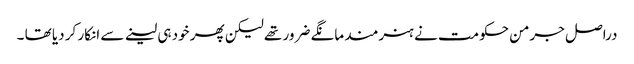
دراصل جرمن حکومت نے ہنرمند مانگے ضرور تھے لیکن پھر خود ہی لینے سے انکار کر دیا تھا ۔